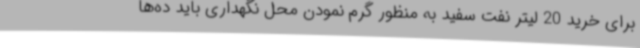
برای خرید 20 لیتر نفت سفید به منظور گرم نمودن محل نگهداری باید ده‌ها